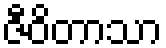
ဇီဝိတာသာ